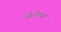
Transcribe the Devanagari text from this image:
ओलोगस